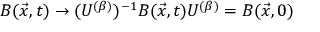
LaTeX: B ( \vec { x } , t ) \rightarrow ( U ^ { ( \beta ) } ) ^ { - 1 } B ( \vec { x } , t ) U ^ { ( \beta ) } = B ( \vec { x } , 0 )